Vaccine operations Central Provinces 1868-1885 - 1868-1885
Year: 1868
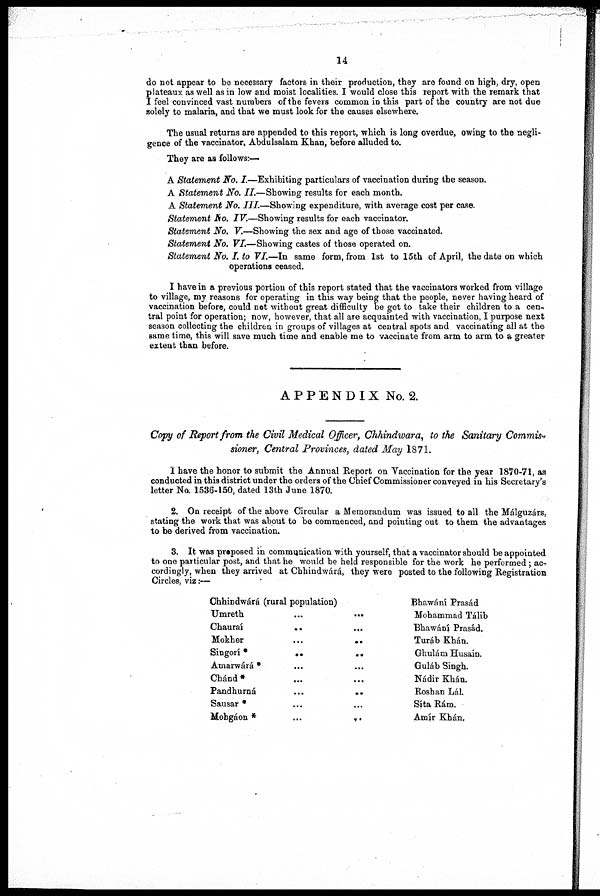
14
do not appear to be necessary factors in their production, they are found on high, dry, open
plateaux as well as in low and moist localities. I would close this report with the remark that
I feel convinced vast numbers of the fevers common in this part of the country are not due
solely to malaria, and that we must look for the causes elsewhere.
The usual returns are appended to this report, which is long overdue, owing to the negli-
gence of the vaccinator, Abdulsalam Khan, before alluded to.
They are as follows:—
A Statement No. I.—Exhibiting particulars of vaccination during the season.
A Statement No. II.—Showing results for each month.
A Statement No. III.—Showing expenditure, with average cost per case.
Statement Ho. IV.—Showing results for each vaccinator.
Statement No. V.—Showing the sex and age of those vaccinated.
Statement No. VI.—Showing castes of those operated on.
Statement No. I. to VI.—In same form, from 1st to 15th of April, the date on which
operations ceased.
I have in a previous portion of this report stated that the vaccinators worked from village
to village, my reasons for operating in this way being that the people, never having heard of
vaccination before, could not without great difficulty be got to take their children to a cen-
tral point for operation; now, however, that all are acquainted with vaccination, I purpose next
season collecting the children in groups of villages at central spots and vaccinating all at the
same time, this will save much time and enable me to vaccinate from arm to arm to a greater
extent than before.
APPENDIX No.2.
Copy of Report from the Civil Medical Officer, Chhindwárá, to the Sanitary Commis-
sioner, Central Provinces, dated May 1871.
I have the honor to submit the Annual Report on Vaccination for the year 1870-71, as
conducted in this district under the orders of the Chief Commissioner conveyed in his Secretary's
letter No. 1536-150, dated 13th June 1870.
2. On receipt of the above Circular a Memorandum was issued to all the Málguzárs,
stating the work that was about to be commenced, and pointing out to them the advantages
to be derived from vaccination.
3. It was proposed in communication with yourself, that a vaccinator should be appointed
to one particular post, and that he would be held responsible for the work he performed; ac-
cordingly, when they arrived at Chhindwárá, they were posted to the following Registration
Circles, viz:—
Chhindwárá (rural population)
Umreth
...
...
Chauraí
...
...
Mokher
...
...
Singorí*
...
...
Amarwárá * ... ...
Chánd* ... ...
Pandhurná
...
...
Sausar * ... ...
Mohgáon *
...
...
Bhawání Prasád
Mohammad Tálib
Bhawání Prasád.
Turáb Khán.
Ghulám Husain.
Guláb Singh.
Nádir Khán.
Roshan Lál.
Síta Rám.
Amír Khán.